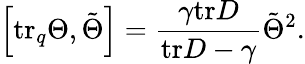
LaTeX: \left[\mathrm{tr}_{q}\Theta,\tilde{\Theta}\right]=\frac{\gamma\mathrm{tr}D}{\mathrm{tr}D-\gamma}\tilde{\Theta}^{2}.